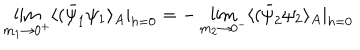
\lim _ { m _ { 1 } \rightarrow 0 ^ { + } } \langle ( \bar { \psi } _ { 1 } \psi _ { 1 } \rangle _ { A } | _ { h = 0 } = - \lim _ { m _ { 2 } \rightarrow 0 ^ { - } } \langle ( \bar { \psi } _ { 2 } \psi _ { 2 } \rangle _ { A } | _ { h = 0 }